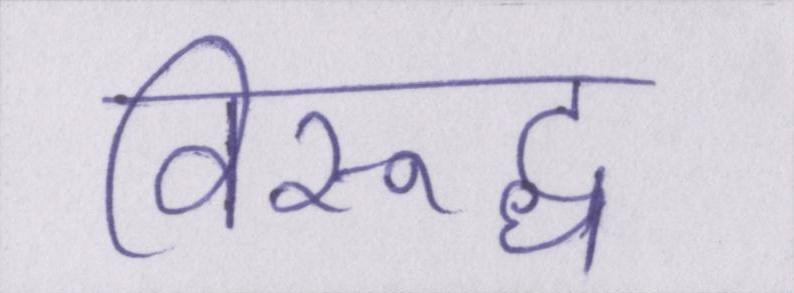
विरूद्ध